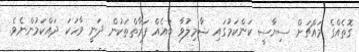
ގޮތެއްގެ މައްޗަށް ސިޔާސީ ކަންކަމުގައި ޝާމިލުވާ ބައެއް ފަރާތްތަކުން ދަނީ ވާހަކަ ދައްކަމުންނެވެ.